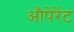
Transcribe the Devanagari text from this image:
औपेरेंट